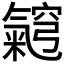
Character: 𭯵